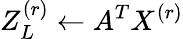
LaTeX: Z_{L}^{(r)}\gets A^{T}X^{(r)}